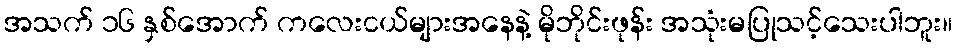
အသက် ၁၆ နှစ်အောက် ကလေးငယ်များအနေနဲ့ မိုဘိုင်းဖုန်း အသုံးမပြုသင့်သေးပါဘူး။